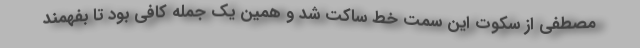
مصطفی از سکوت این سمت خط ساکت شد و همین یک جمله کافی بود تا بفهمند